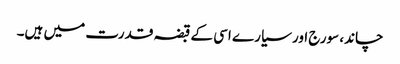
چاند، سورج اور سیارے اسی کے قبضہ قدرت میں ہیں۔